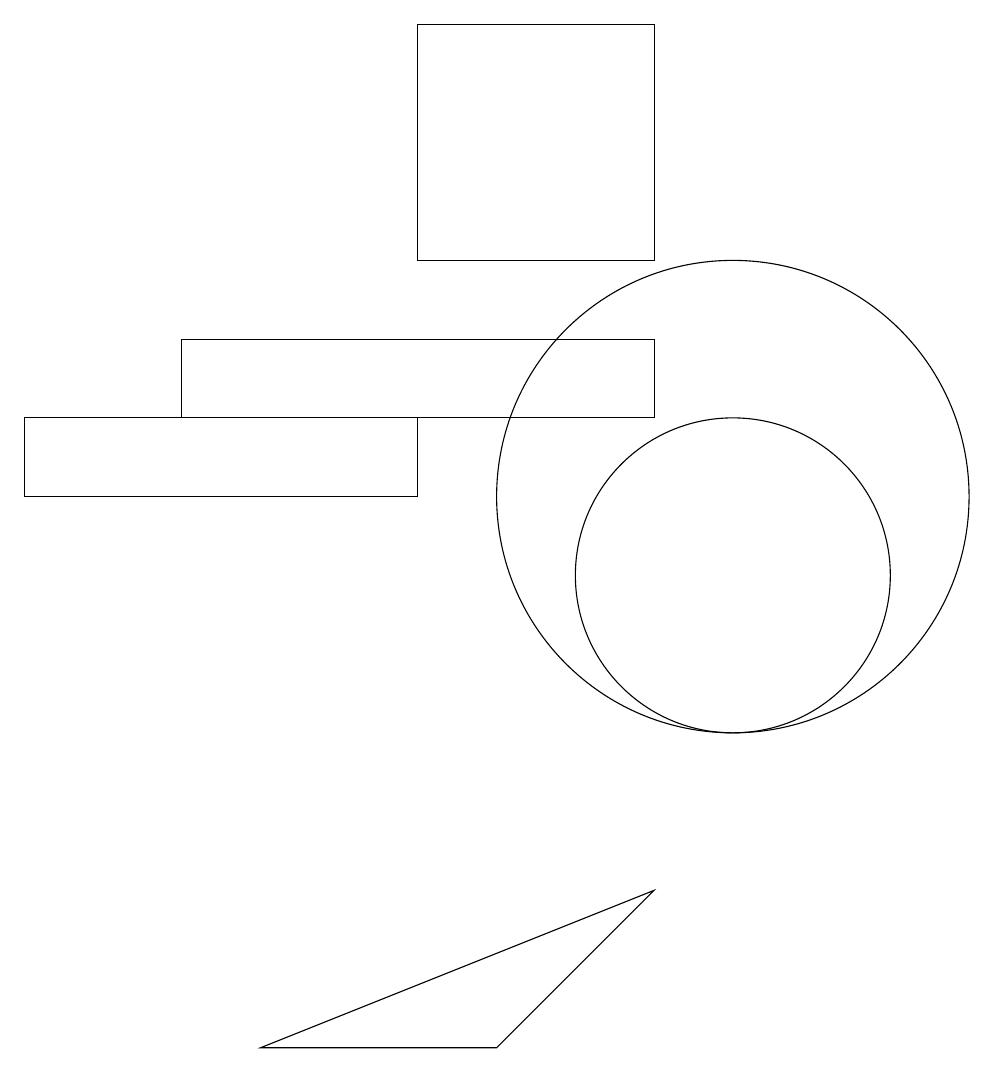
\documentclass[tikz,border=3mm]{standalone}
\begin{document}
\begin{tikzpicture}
\draw (9,17) rectangle (6,14);
\draw (6,11) rectangle (1,12);
\draw (7,4) -- (9,6) -- (4,4) -- cycle;
\draw (10,10) circle (2);
\draw (9,13) rectangle (3,12);
\draw (10,11) circle (3);
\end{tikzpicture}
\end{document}